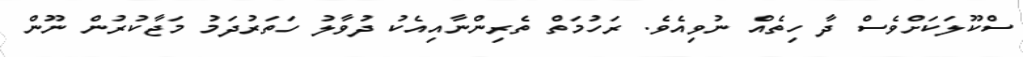
ސްކޫލަކަށްވެސް ދާ ހިތެއް ނުވިއެވެ. ރަހުމަތް ތެރިންނާއިއެކު ދުވާލު ހަތަރުދަމު މަޖާކުރުން ނޫން